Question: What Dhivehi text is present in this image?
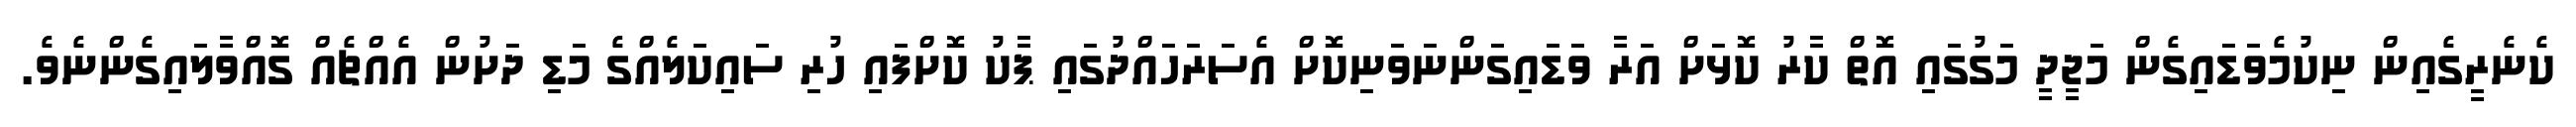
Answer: ކެނެރީގެއިން ނިކުމެވަޑައިގެން މަޖީދީ މަގުގައި އޮތް ކާރު ކޮޅަށް އަރާ ވަޑައިގަންނަވަނިކޮށް އެސަރަހައްދުގައި ޕާކު ކޮށްފައި ހުރި ސައިކަލެއްގެ މަޑި ދަށުން އެއްޗެއް ގޮއްވާލައިގެންނެވެ.